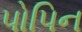
પોપિન